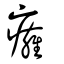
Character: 𦡈